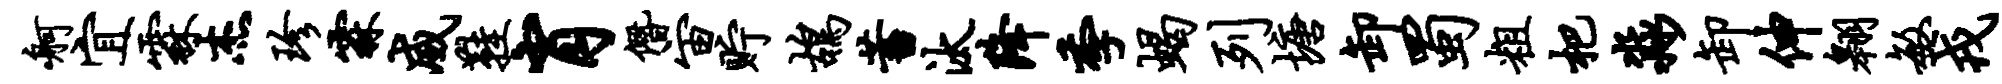
舸宜霖杰珍霖威鞋肖僭宙贮鸪蓄汰降季蝎列塘卸蜀粗杷淼卸伸翱敏戎